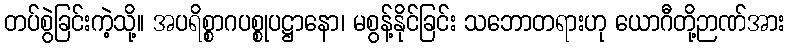
တပ်စွဲခြင်းကဲ့သို့။ အပရိစ္စာဂပစ္စုပဋ္ဌာနော၊ မစွန့်နိုင်ခြင်း သဘောတရားဟု ယောဂီတို့ဉာဏ်အား